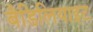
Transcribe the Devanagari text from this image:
बैडिलियाइट